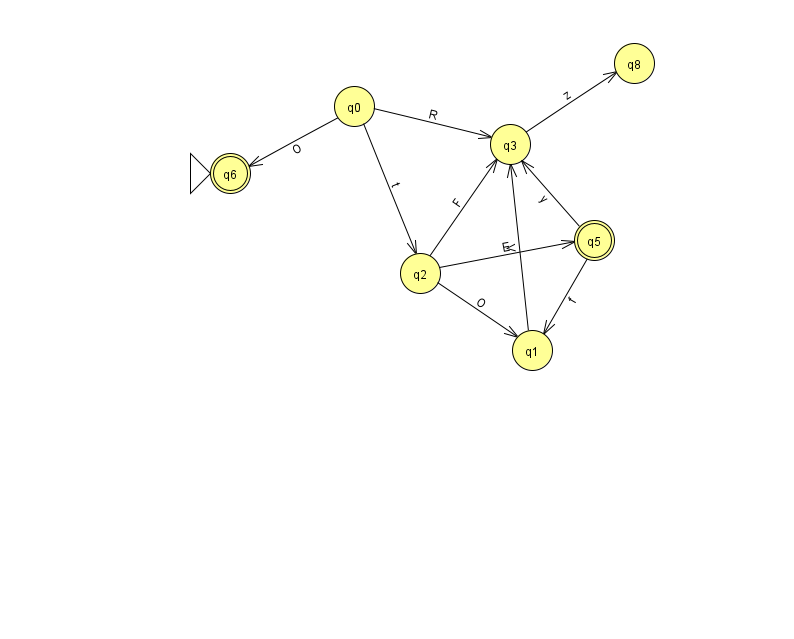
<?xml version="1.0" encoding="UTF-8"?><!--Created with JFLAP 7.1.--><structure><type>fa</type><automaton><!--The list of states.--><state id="0" name="q0"><x>354.0</x><y>93.0</y></state><state id="1" name="q1"><x>532.0</x><y>337.0</y></state><state id="2" name="q2"><x>420.0</x><y>260.0</y></state><state id="3" name="q3"><x>510.0</x><y>131.0</y></state><state id="4" name="q4"><x>881.0</x><y>292.0</y></state><state id="5" name="q5"><x>594.0</x><y>227.0</y><final/></state><state id="6" name="q6"><x>230.0</x><y>160.0</y><initial/><final/></state><state id="8" name="q8"><x>634.0</x><y>50.0</y></state><!--The list of transitions.--><transition><from>2</from><to>3</to><read>F</read></transition><transition><from>2</from><to>5</to><read>E</read></transition><transition><from>0</from><to>2</to><read>t</read></transition><transition><from>1</from><to>3</to><read>V</read></transition><transition><from>0</from><to>3</to><read>R</read></transition><transition><from>5</from><to>1</to><read>f</read></transition><transition><from>0</from><to>6</to><read>O</read></transition><transition><from>2</from><to>1</to><read>O</read></transition><transition><from>3</from><to>8</to><read>z</read></transition><transition><from>5</from><to>3</to><read>y</read></transition><transition><from>4</from><to>4</to><read>Y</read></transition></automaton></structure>